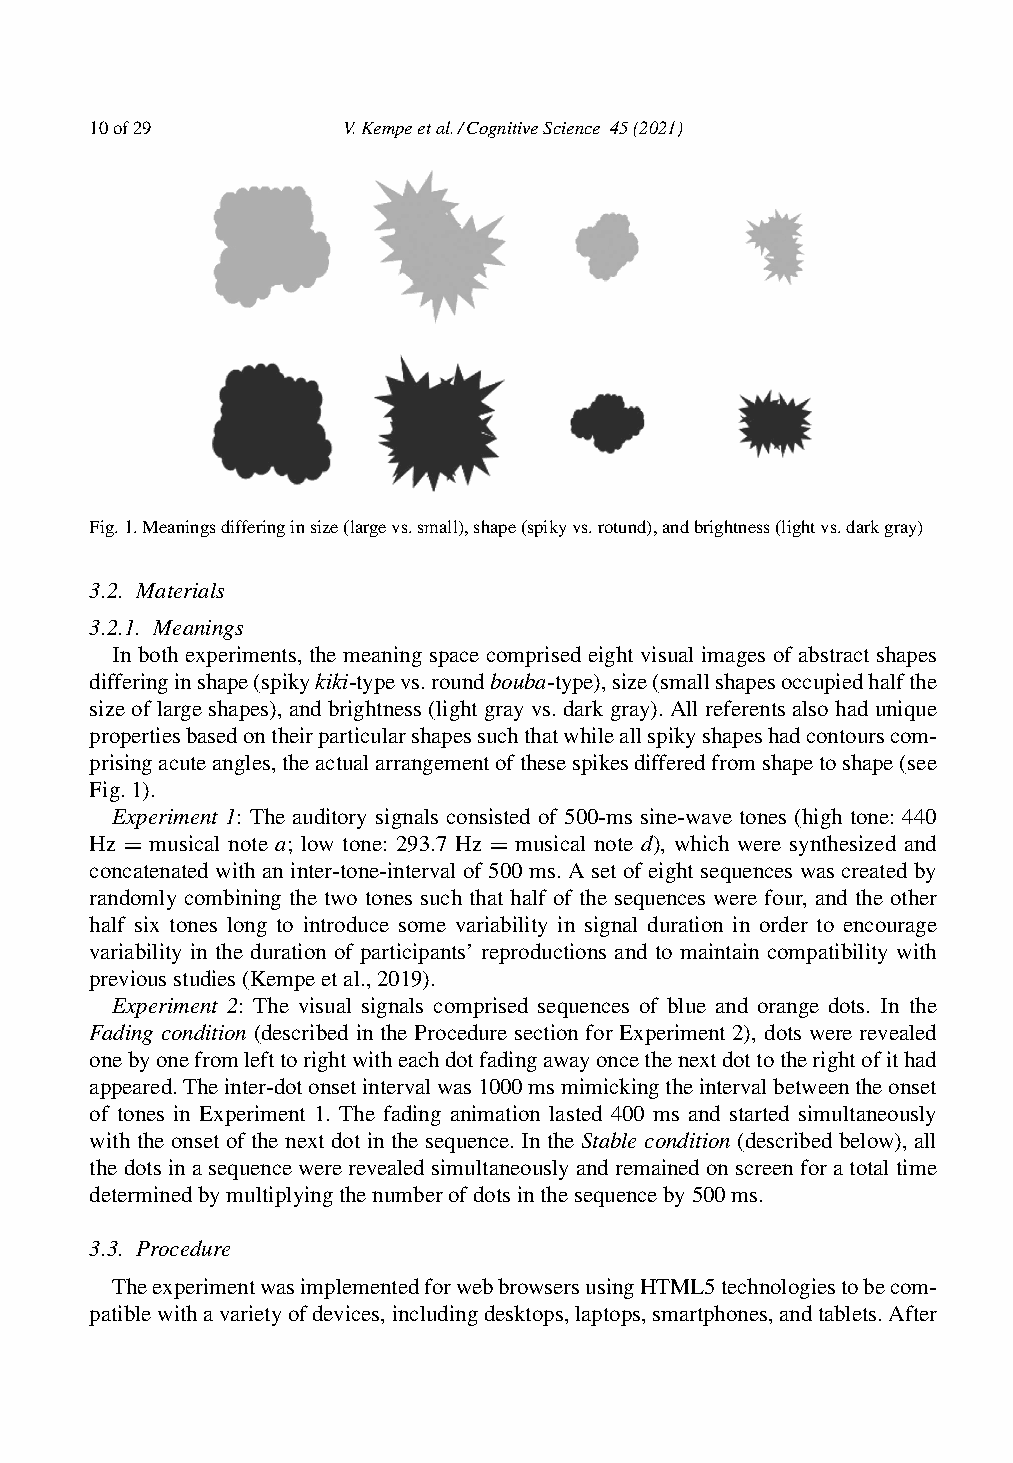
10of29           V.Kempeetal./CognitiveScience 45(2021)
 Fig.1.Meaningsdifferinginsize(largevs.small),shape(spikyvs.rotund),andbrightness(lightvs.darkgray)
 3.2. Materials
 3.2.1. Meanings
 In both experiments, the meaning space comprised eight visual images of abstract shapes
 differinginshape(spikykiki-typevs.roundbouba-type),size(smallshapesoccupiedhalfthe
 size of large shapes), and brightness (light gray vs. dark gray). All referents also had unique
 propertiesbasedontheirparticularshapessuchthatwhileallspikyshapeshadcontourscom-
 prisingacuteangles,theactualarrangementofthesespikesdifferedfromshapetoshape(see
 Fig.1).
 Experiment 1: The auditory signals consisted of 500-ms sine-wave tones (high tone: 440
 Hz = musical note a; low tone: 293.7 Hz = musical note d), which were synthesized and
 concatenated with an inter-tone-interval of 500 ms. A set of eight sequences was created by
 randomly combining the two tones such that half of the sequences were four, and the other
 half six tones long to introduce some variability in signal duration in order to encourage
 variability in the duration of participants’ reproductions and to maintain compatibility with
 previousstudies(Kempeetal.,2019).
 Experiment 2: The visual signals comprised sequences of blue and orange dots. In the
 Fading condition (described in the Procedure section for Experiment 2), dots were revealed
 onebyonefromlefttorightwitheachdotfadingawayoncethenextdottotherightofithad
 appeared.Theinter-dotonsetintervalwas1000msmimickingtheintervalbetweentheonset
 of tones in Experiment 1. The fading animation lasted 400 ms and started simultaneously
 with the onset of the next dot in the sequence. In the Stable condition (described below), all
 thedotsinasequencewererevealedsimultaneouslyandremainedonscreenforatotaltime
 determinedbymultiplyingthenumberofdotsinthesequenceby500ms.
 3.3. Procedure
 TheexperimentwasimplementedforwebbrowsersusingHTML5technologiestobecom-
 patiblewithavarietyofdevices,includingdesktops,laptops,smartphones,andtablets.After